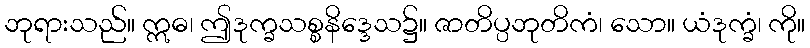
ဘုရားသည်။ ဣဓ၊ ဤဒုက္ခသစ္စနိဒ္ဒေသ၌။ ဇာတိပ္ပဘုတိကံ၊ သော။ ယံဒုက္ခံ၊ ကို။